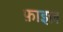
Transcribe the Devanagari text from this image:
फ़ाइज़